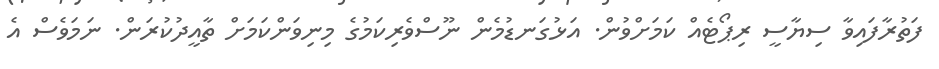
ފަތުރާފައިވާ ސިޔާސީ ރިޕޯޓެއް ކަމަށްވުން. އަޅުގަނޑުމެން ނޫސްވެރިކަމުގެ މިނިވަންކަމަށް ތާއީދުކުރަން. ނަމަވެސް އެ